Bréfritari: Jónatan Þorláksson
Viðtakandi: Jón Borgfirðings Jónsson
Dagsetning: A-1867-10-16
Skrifað á: Þórðarstöðum  S-Þing.

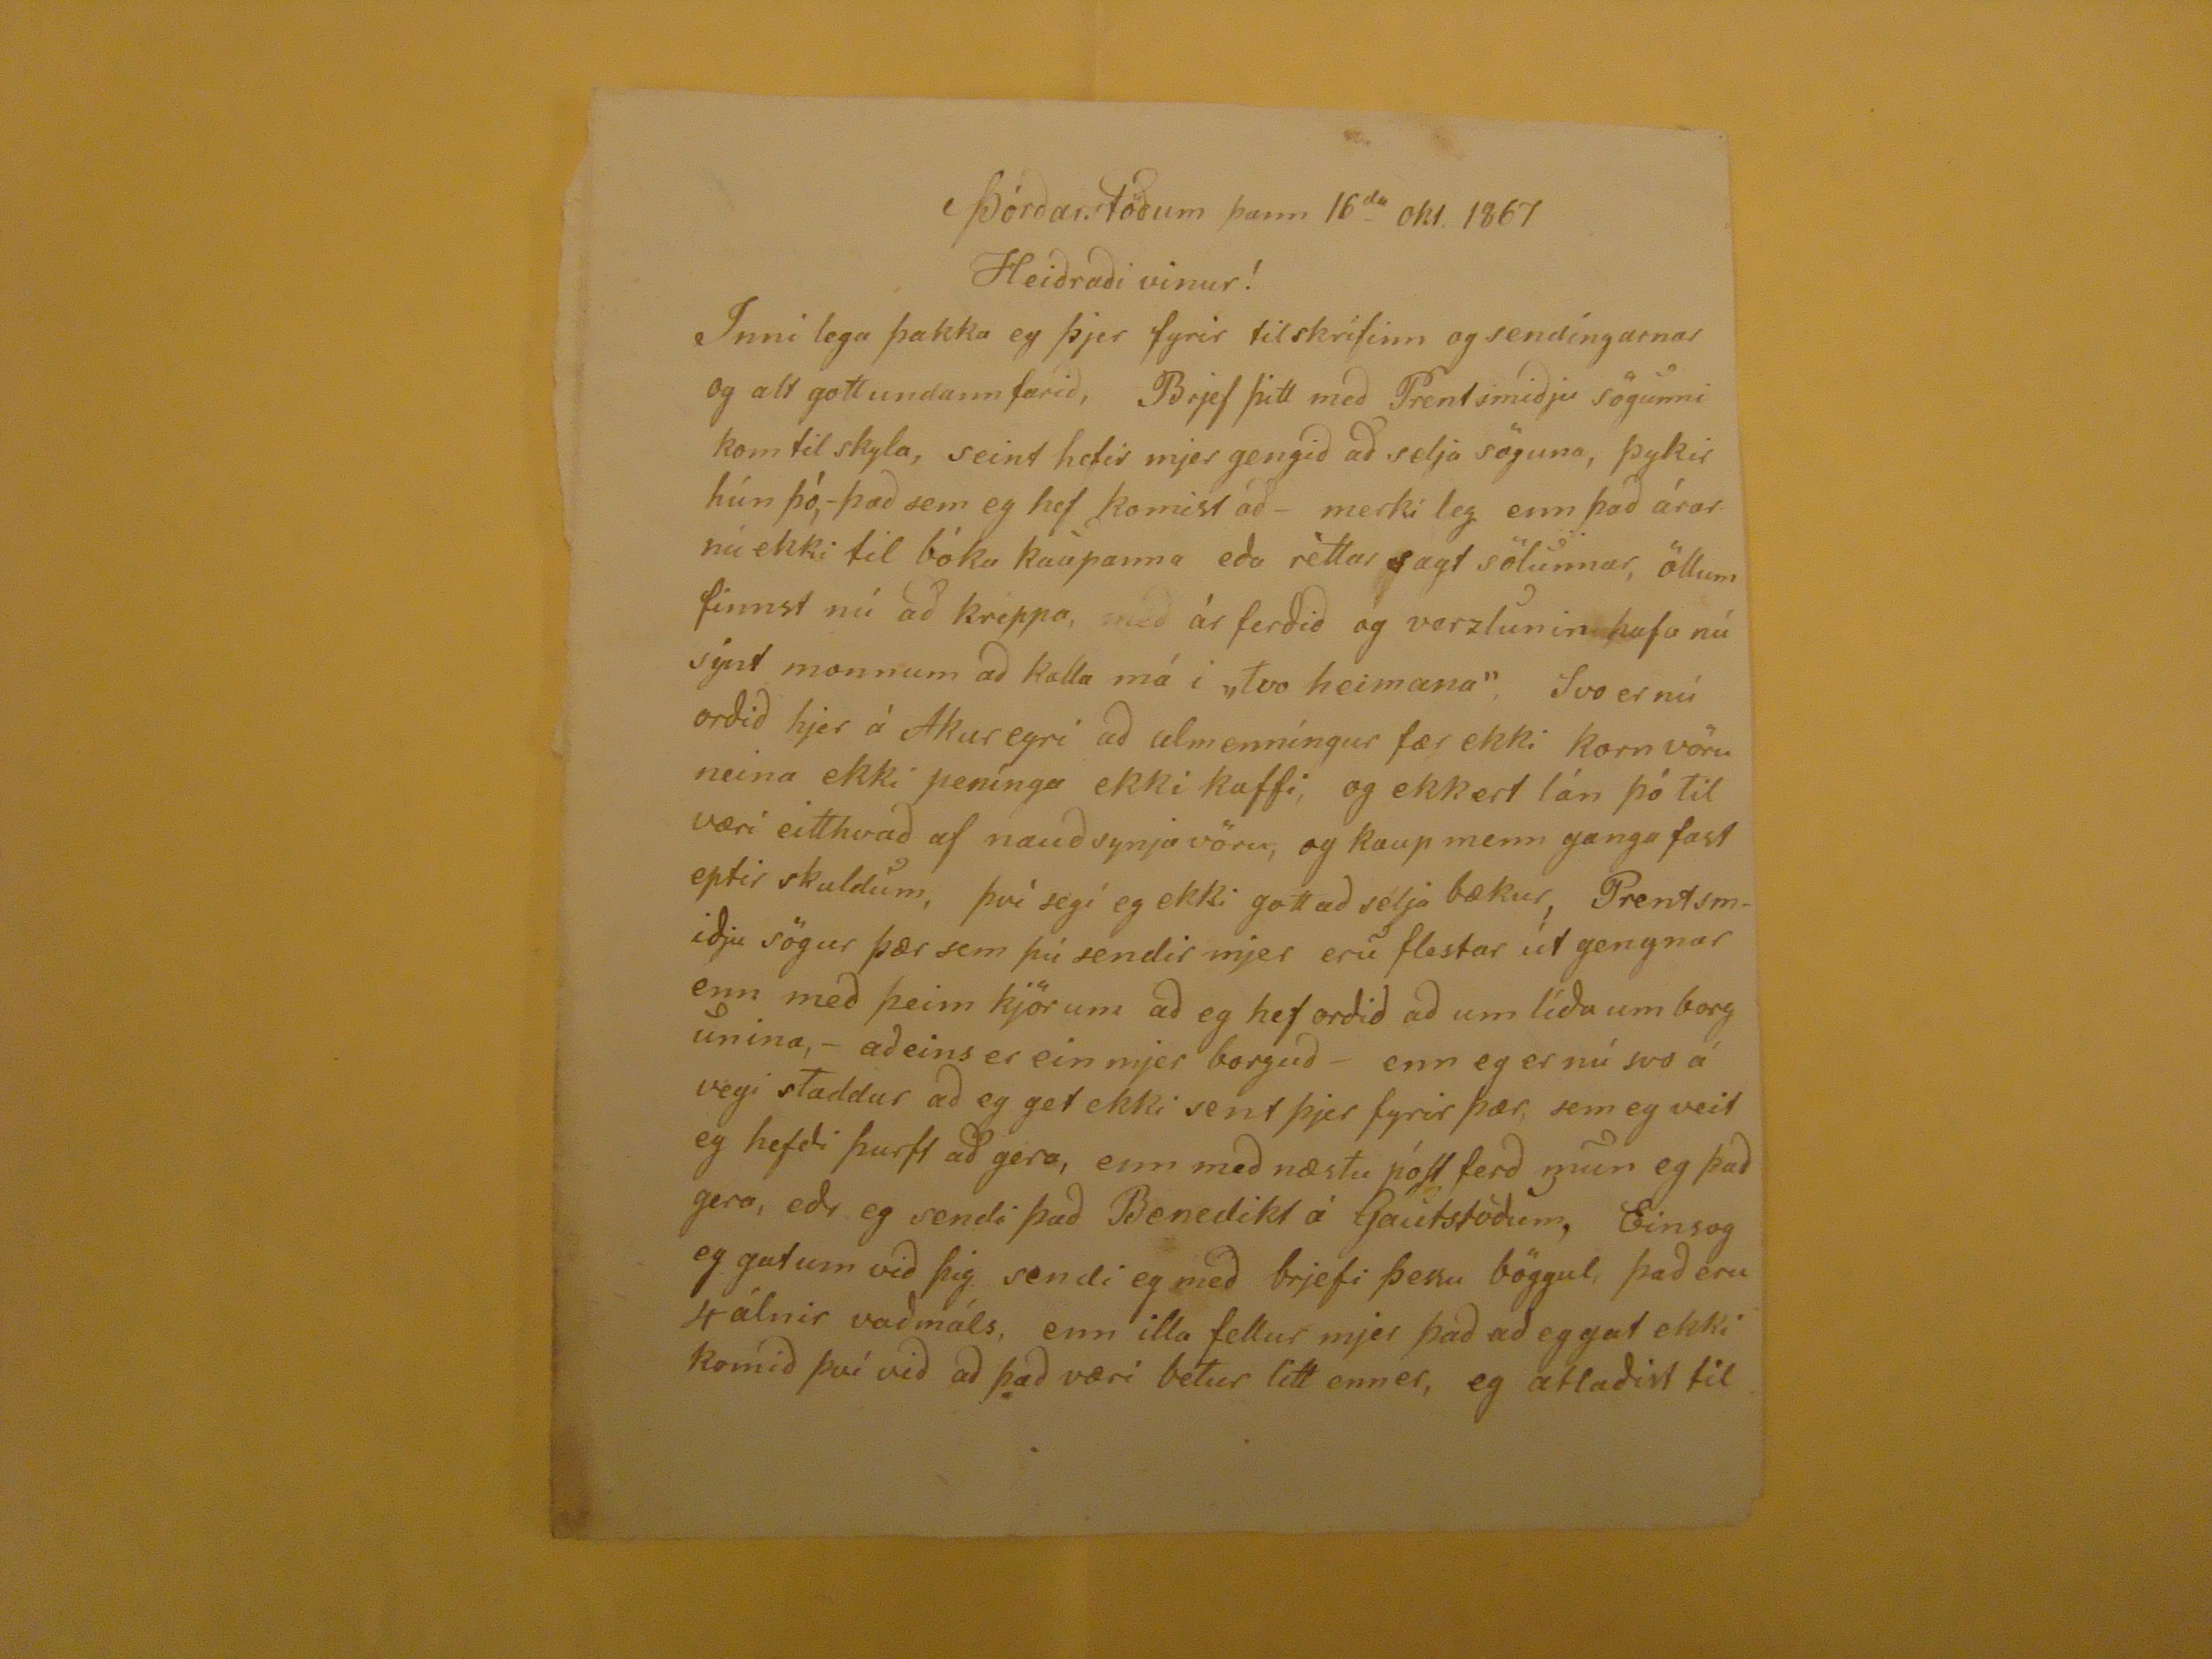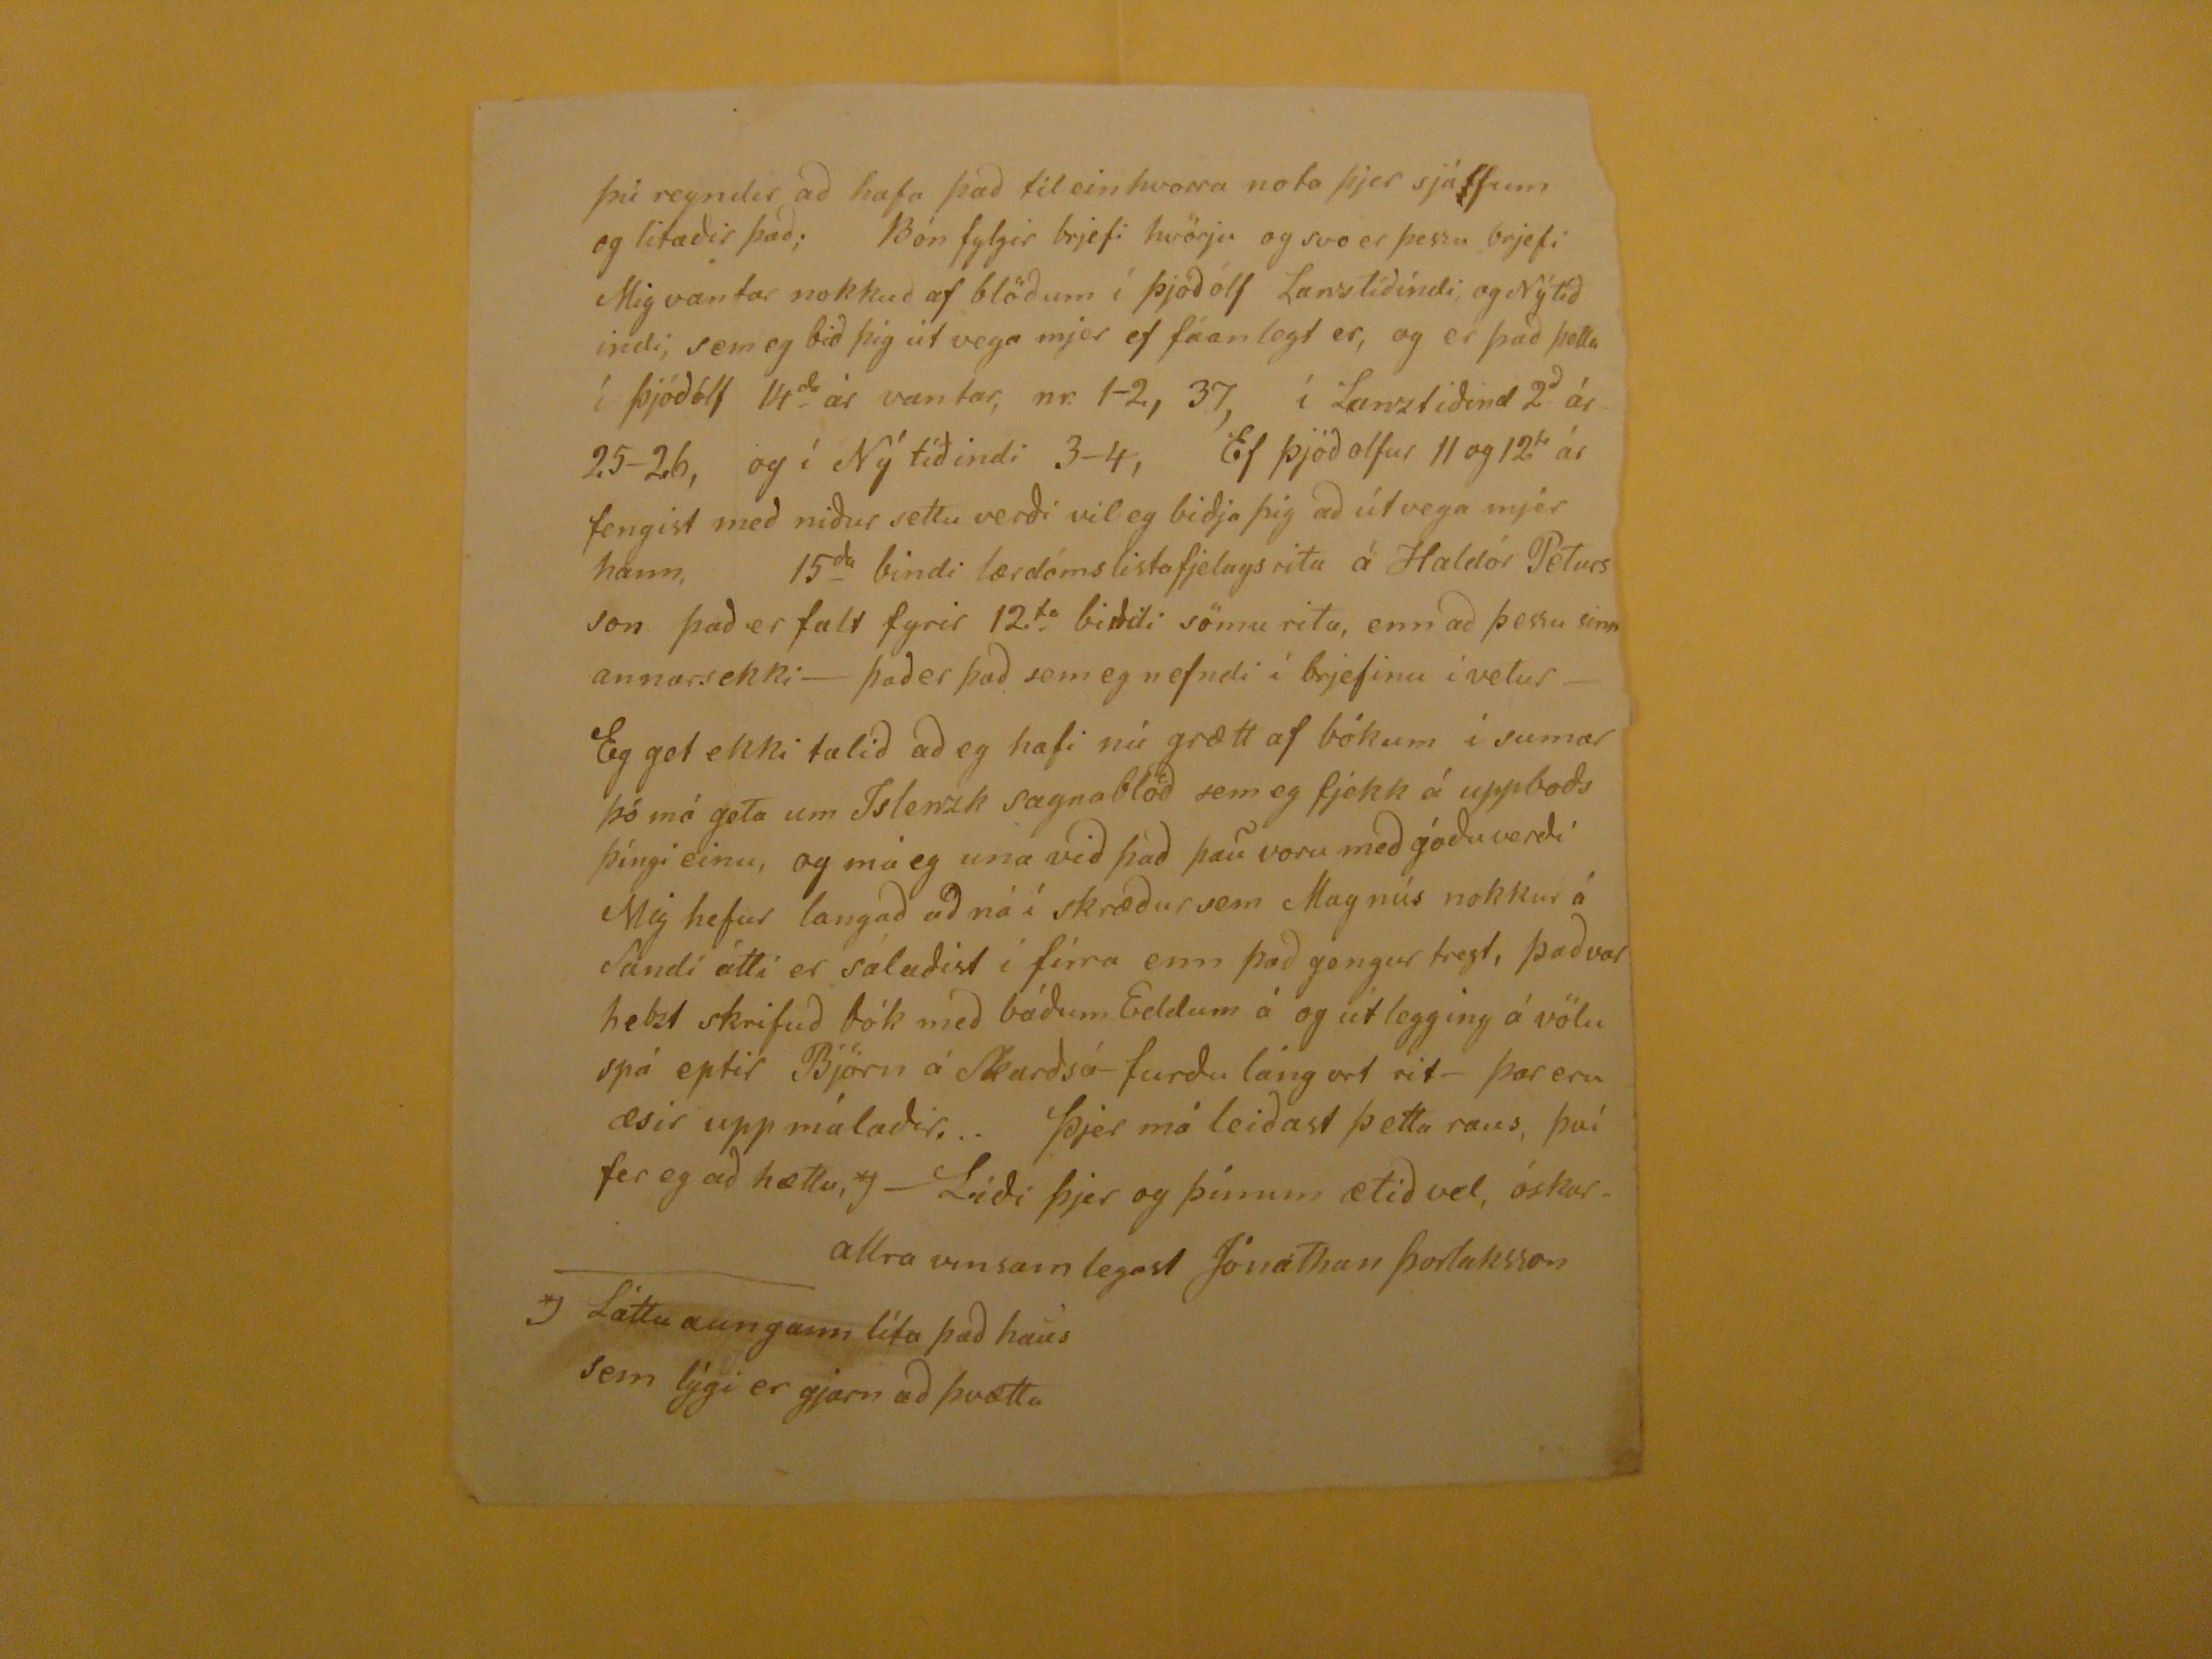

Þórðarstöðum þann 16
da
okt. 1867
Heiðraði vinur!
Inni lega þakka eg þjer fyrir tilskrifinn og sendíngarnar og alt gott undann farið, Brjef þitt með Prentsmiðju sögunni kom til skyla, seint hefir mjer gengið að selja söguna, þykir hún þó,- það sem eg hef komist að- merki leg enn það árar nú ekki til bóka kaupanna eða réttar sagt sölunnar, öllum finnst nú að kreppa, með árferðið og verzlunin hafa nú sýnt monnum að kalla má i "tvo heimana", Svo er nú orðið hjer á Akureyri að almenníngur fær ekki kornvöru neina ekki penínga ekki kaffi, og ekkert lán þó til væri eitthvað af nauðsynjavöru, og kaup menn ganga fast eptir skuldum, því segi eg ekki gott að selja bækur, Pretsmiðju sögur þær sem þú sendir mjer eru flestar út gengnar enn með þeim kjörum að eg hef orðið að um líða um borgunina,- aðeins er ein mjer borguð- enn eg er nú svo á vegi staddur að eg get ekki sent þjer fyrir þær, sem eg veit eg ehfði þurft að gera, enn með næstu póst ferð mun eg það gera, eðr eg sendi það Benedikt á
Gaietstöðum
, Einsog eg gat um við þig sendi eg með brjefi þessu böggul, þæað eru 4 álnir vaðmáls, enn illa fellur mjer það að eg gat ekki komið því við að það væri betur litt enner, eg ætlaðist til
þú reyndir að hafa það til einhvorra nota þjer sjálfum og litaðir það; Bón fylgir brjefi hvörju og svo er þessu brjefi Mig vantar nokkuð af blöðum í Þjóðólf Lanztíðindi, og Nýtíðindi, sem eg bið þig útvega mjer ef fáanlegt er, og er það þetta í Þjóðólf 14
da
ár vantar, nr. 1-2, 37, í Lanztíðind 2
ð
ár 25-26, og í Ný tíðindi 3-4, Ef Þjóðolfur 11 og 12
ta
ár fengist með niður settu verði vil eg biðja þig að útvega mjer hann, 15
da
bindi lærdómslistafjelagsrita á Haldór Pétursson það er falt fyrir 12
ta
bondi sömu rita, enn að þessu sinn annars ekki- það er það sem eg nefndi í brjefinu í vetur- Eg get ekki talið að eg hafi nú grætt af bókum í sumar þó má geta um Islenzk sagnablöð sem eg fjekk á uppboðsþíngi einu, og má eg una við það þau voru með góðu verði Mig hefur langað að ná í skræður sem Magnús nokkur á Sandi átti er sálaðist í fira enn það gengur tregt, það var helzt skrifað bók með báðum Eddum á og útlegging á völuspá eptir Björn á Skarðsá- furðu láng ort rit- þar eru æsir upp málaðir... Þjer má leiðast þetta raus, því fer eg að hætta,
*J- Líði
þjer og þínum ætið vel, óskar allra vinsamlegast Jónathan Þorlaksson
*J Láttu aungann líta það haus sem lýgi er gjarn að þvætta